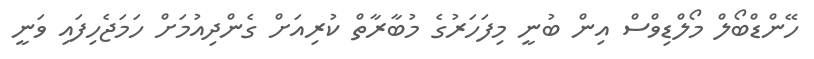
ހޭންޑްބޯލް މޯލްޑިވްސް އިން ބުނީ މިފަހަރުގެ މުބާރާތް ކުރިއަށް ގެންދިއުމަށް ހަމަޖެހިފައި ވަނީ